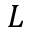
L